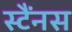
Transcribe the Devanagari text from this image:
स्टैंनस